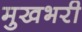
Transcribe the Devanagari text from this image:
मुखभरी